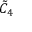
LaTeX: { \tilde { C } } _ { 4 }